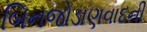
બિનજોડાણવાદની